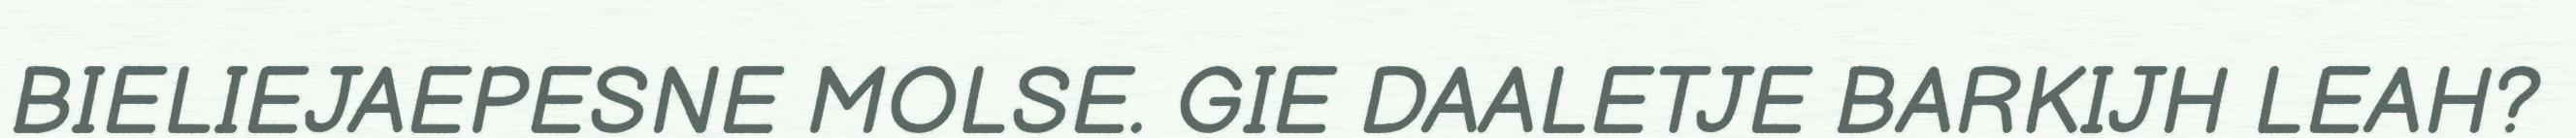
BIELIEJAEPESNE MOLSE. GIE DAALETJE BARKIJH LEAH?